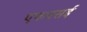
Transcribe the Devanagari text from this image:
एफएसई